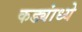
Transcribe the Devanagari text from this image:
कड्यांध्ये